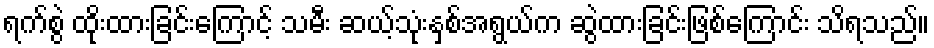
ရက်စွဲ ထိုးထားခြင်းကြောင့် သမီး ဆယ့်သုံးနှစ်အရွယ်က ဆွဲထားခြင်းဖြစ်ကြောင်း သိရသည်။